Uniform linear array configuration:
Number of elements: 12
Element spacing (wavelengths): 0.5
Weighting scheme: binomial
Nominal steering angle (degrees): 15
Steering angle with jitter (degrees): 16.624
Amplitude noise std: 0.05
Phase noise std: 0.05

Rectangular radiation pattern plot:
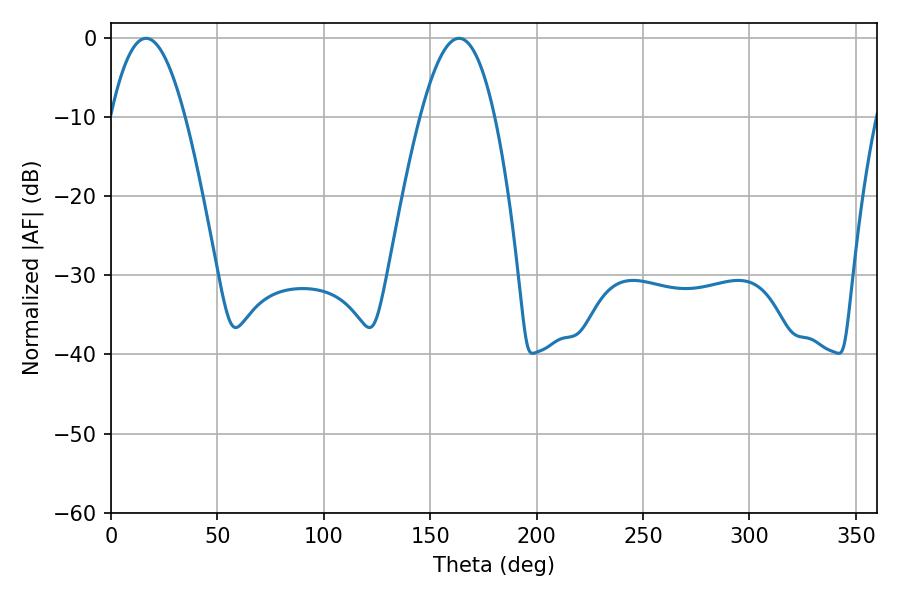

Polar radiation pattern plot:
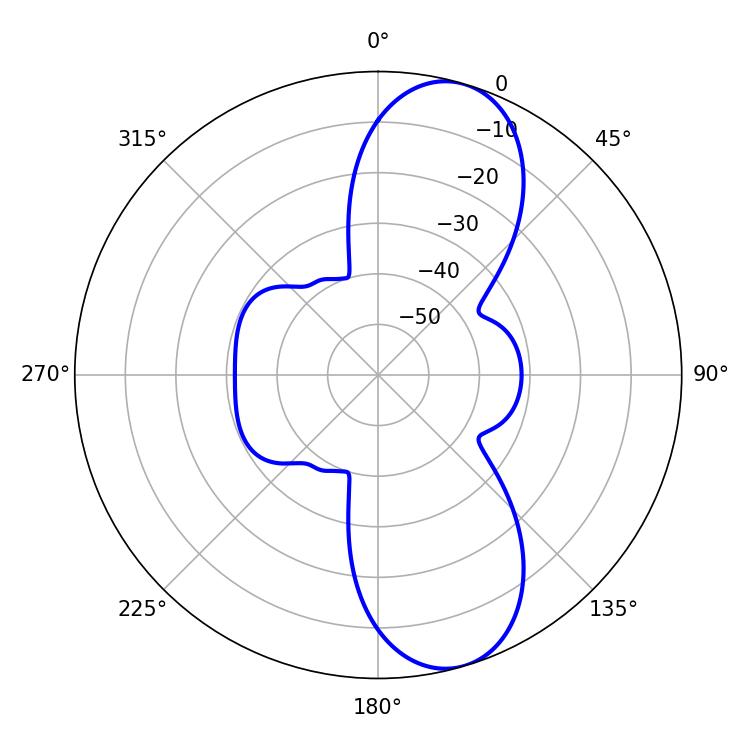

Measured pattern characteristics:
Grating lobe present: FALSE
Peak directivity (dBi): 9.849
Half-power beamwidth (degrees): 19.08
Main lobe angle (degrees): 16.56